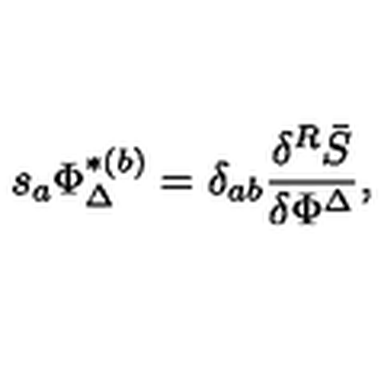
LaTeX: s _ { a } \Phi _ { \Delta } ^ { * ( b ) } = \delta _ { a b } \frac { \delta ^ { R } \bar { S } } { \delta \Phi ^ { \Delta } } ,